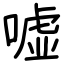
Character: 嘘